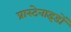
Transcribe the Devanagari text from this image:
प्रास्टेनाइडों